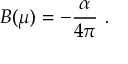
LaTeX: B ( \mu ) = - \frac { \alpha } { 4 \pi } \ .